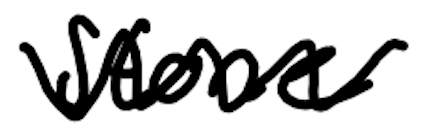
Text: Stone
Cross-out: mix
Writing tool: digital_black